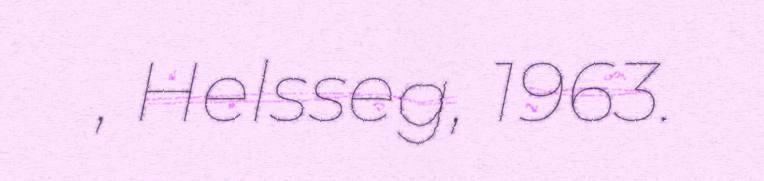
, Helsseg, 1963.